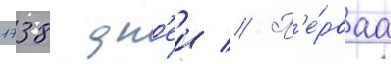
1738 дн'еи // П'е́рваа